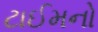
ટાઈમનો